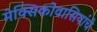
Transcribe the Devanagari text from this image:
मेक्सिकोवासियांचे